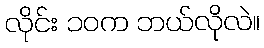
လိုင်း ၁၀က ဘယ်လိုလဲ။